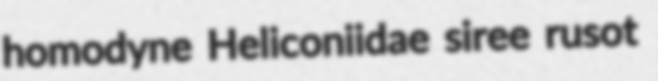
homodyne Heliconiidae siree rusot